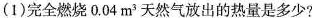
(1)完全燃烧0.04m^{3}天然气放出的热量是多少?